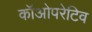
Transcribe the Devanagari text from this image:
कॉओपरेटिव